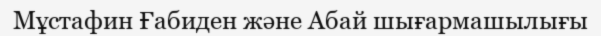
Мұстафин Ғабиден және Абай шығармашылығы